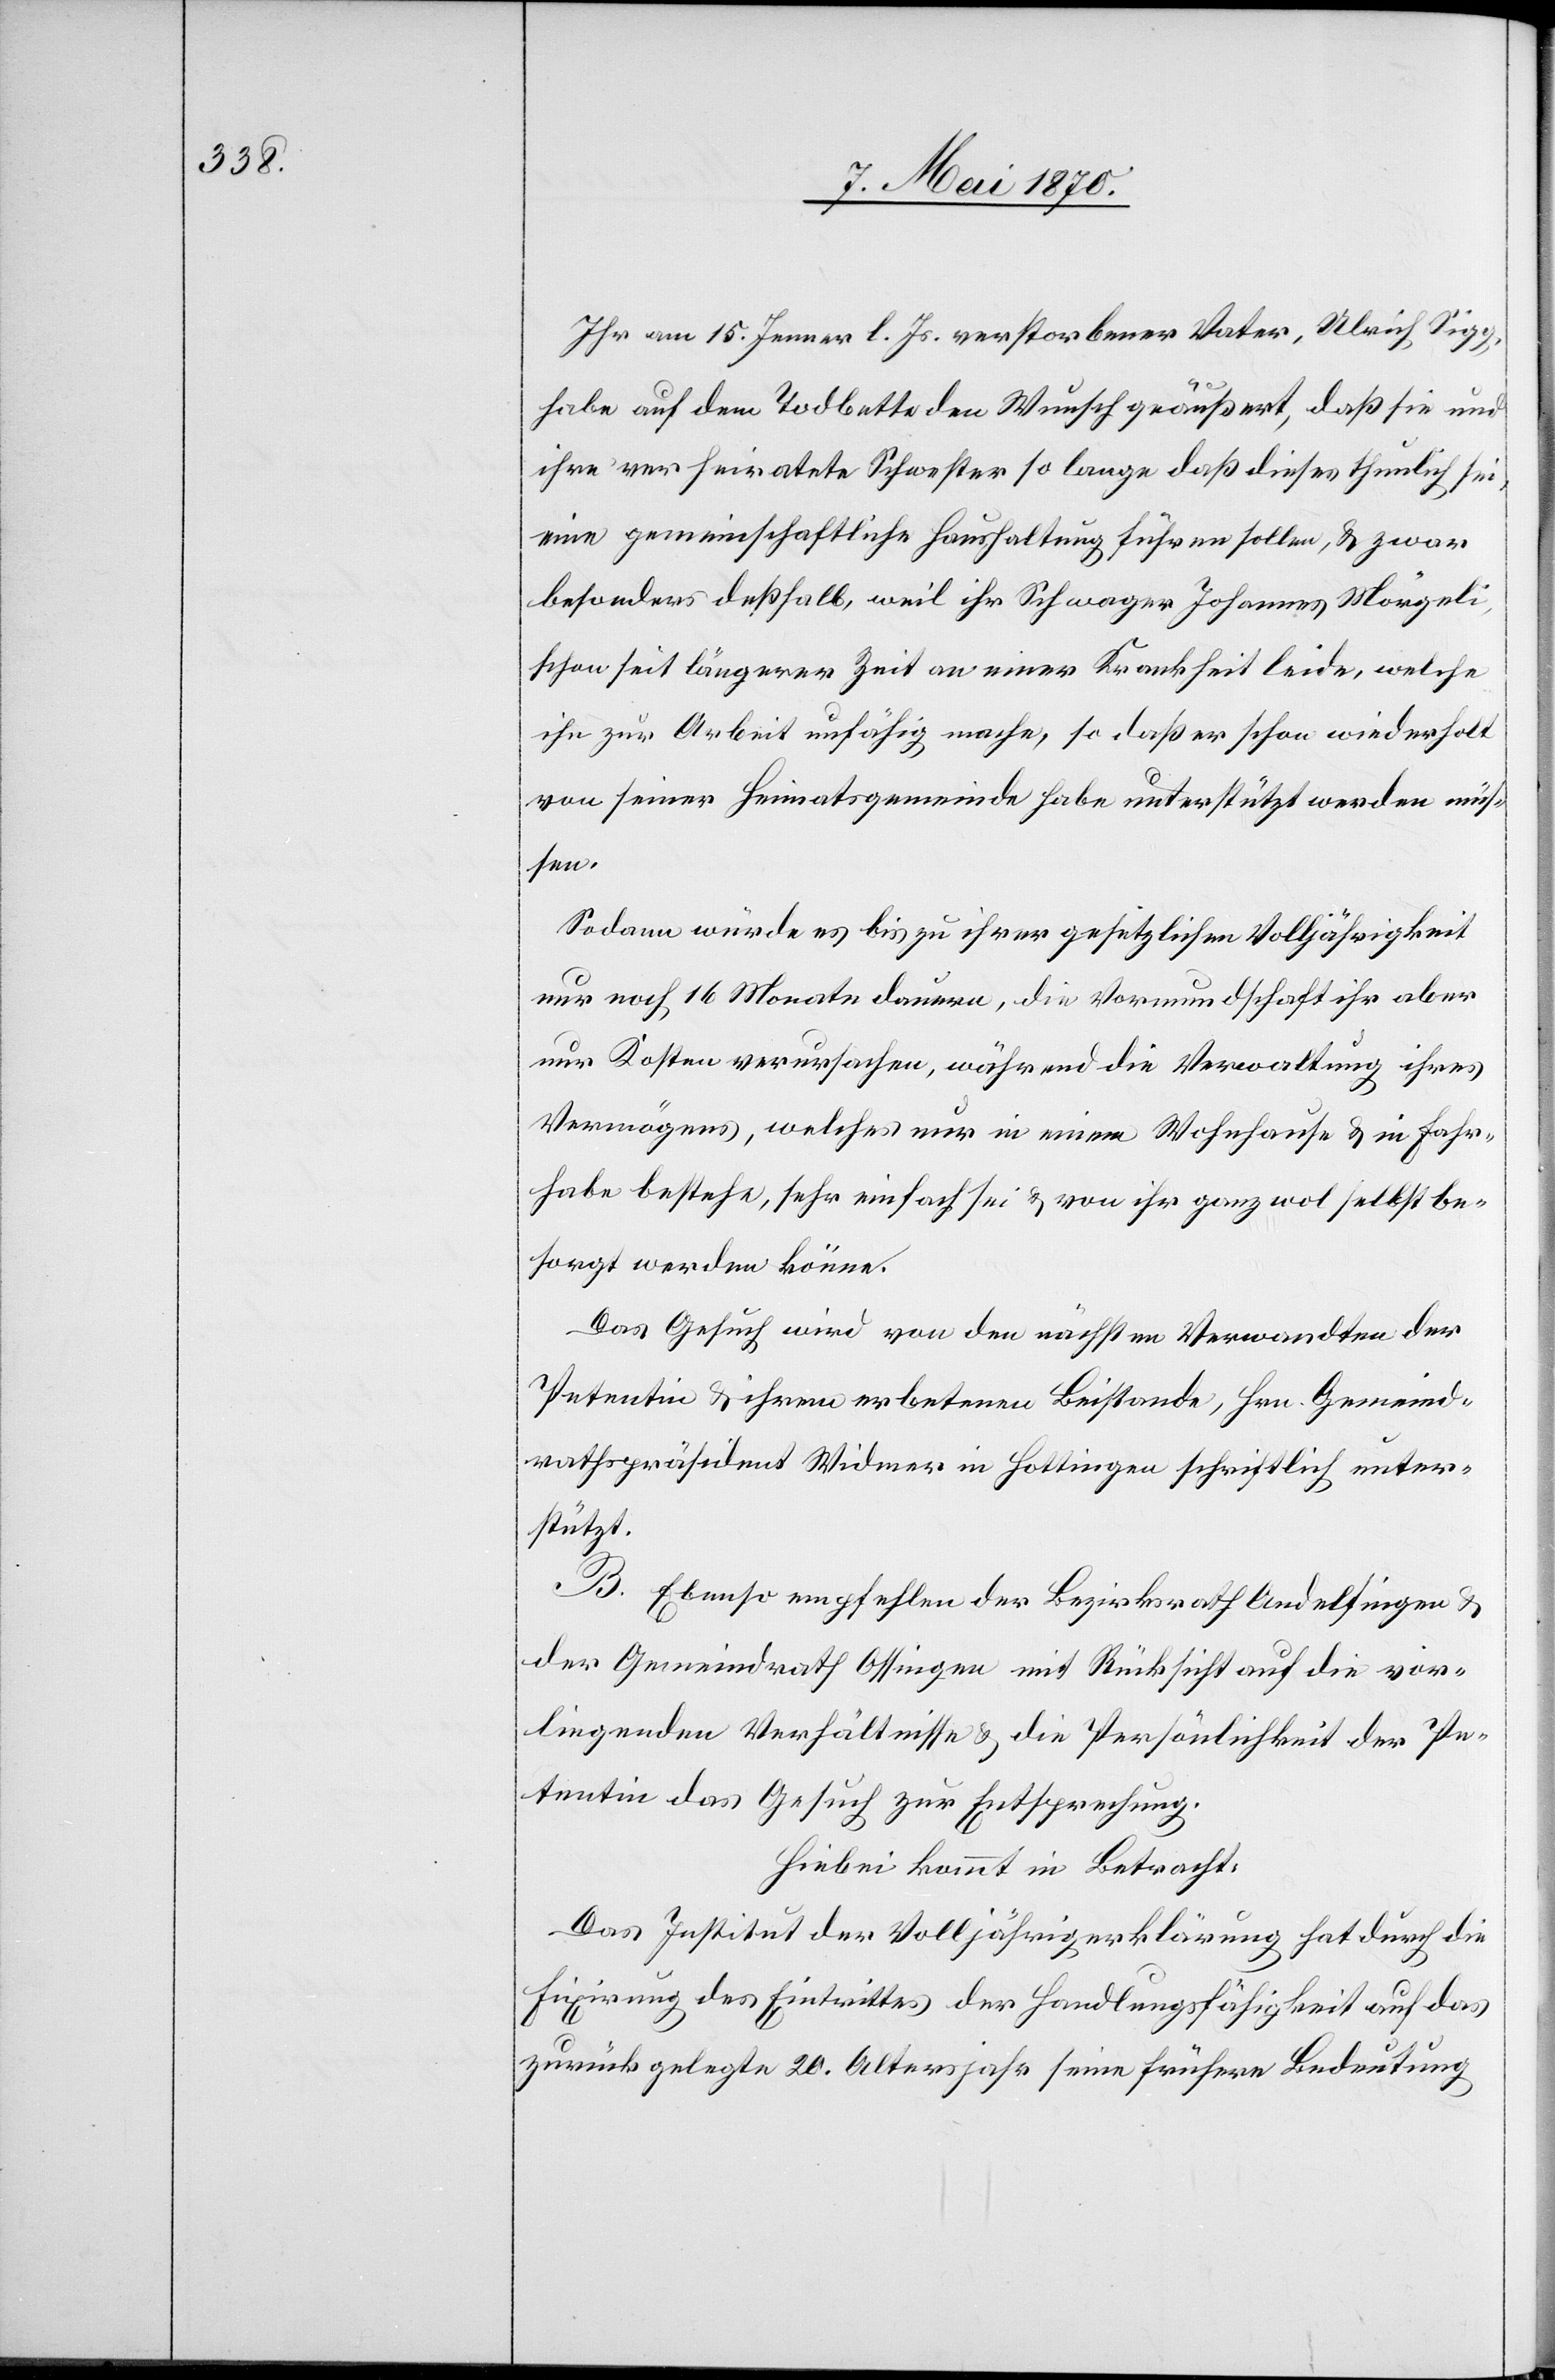
Ihr am 15. Jenner l. Js. verstorbener Vater, Ulrich Sigg,
habe auf dem Todbette den Wunsch geäußert, daß sie und
ihre verheiratete Schwester so lange daß dieses thunlich sei,
eine gemeinschaftliche Haushaltung führen sollen, & zwar
besonders deßhalb, weil ihr Schwager Johannes Mörgeli,
schon seit längerer Zeit an einer Krankheit leide, welche
ihn zur Arbeit unfähig mache, so daß er schon wiederholt
von seiner Heimatgemeinde habe unterstützt werden müs¬
sen.
Sodann würde es bis zu ihrer gesetzlichen Volljährigkeit
nur noch 16 Monate dauern, die Vormundschaft ihr aber
nur Kosten verursachen, während die Verwaltung ihres
Vermögens, welches nur in einem Wohnhause & in Fahr¬
habe bestehe, sehr einfach sei & von ihr ganz wol selbst be¬
sorgt werden könne.
Das Gesuch wird von den nächsten Verwandten der
Petentin & ihrem erbetenen Beistande, Hrn. Gemeind¬
rathspräsident Widmer in Hottingen schriftlich unter¬
stützt.
B. Ebenso empfehlen der Bezirksrath Andelfingen &
der Gemeindrath Ossingen mit Rücksicht auf die vor¬
liegenden Verhältnisse & die Persönlichkeit der Pe¬
tentin das Gesuch zur Entsprechung.
Hiebei kommt in Betracht:
Das Institut der Volljährigerklärung hat durch die
Fixirung des Eintrittes der Handlungsfähigkeit auf das
zurück gelegte 20. Altersjahr seine frühere Bedeutung